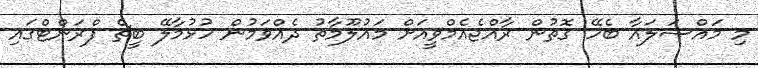
މި މައްސަލައާ ބެހޭ ގޮތުން ރާއްޖެއެމްވީއަށް މައުލޫމާތު ދެއްވަމުން ހުޅުމާލޭ ބީޗް ފްރަންޓްގައި